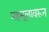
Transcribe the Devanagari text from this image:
महसूलावरून